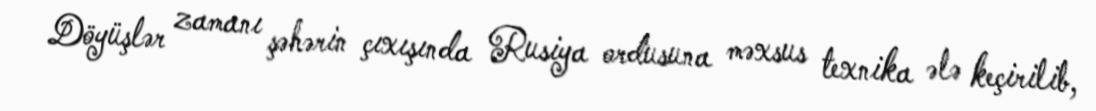
Döyüşlər zamanı şəhərin çıxışında Rusiya ordusuna məxsus texnika ələ keçirilib,